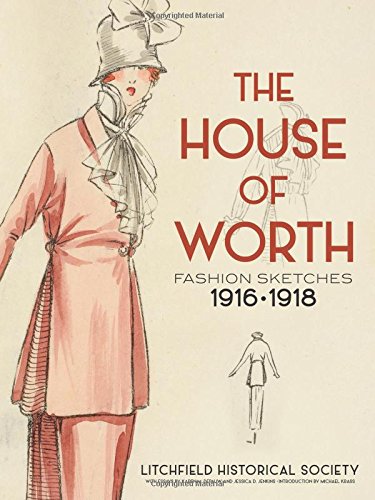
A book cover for The House of Worth: Fashion Sketches, 1916-1918; Litchfield Historical Society; Arts & Photography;